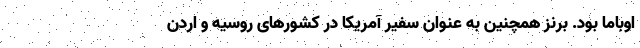
اوباما بود. برنز همچنین به عنوان سفیر آمریکا در کشورهای روسیه و اردن